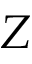
Z